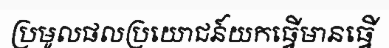
ប្រមូលផលប្រយោជន៍យកធ្វើមានធ្វើ